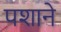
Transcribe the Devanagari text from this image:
पशाने